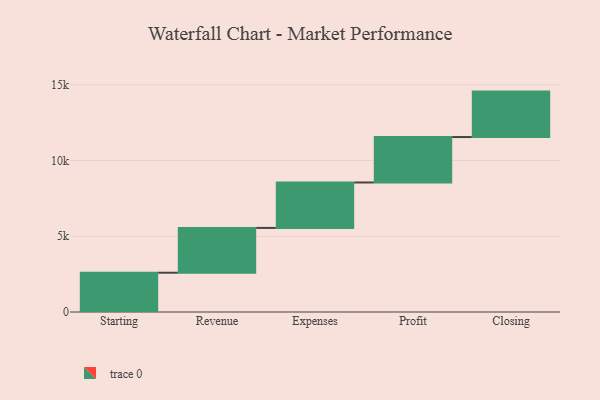
{"axis": {"x": "Step", "y": "Value"}, "legend": [""], "data": [{"x": "Starting", "y": 2593.0, "type": ""}, {"x": "Revenue", "y": 2958.0, "type": ""}, {"x": "Expenses", "y": 3000, "type": ""}, {"x": "Profit", "y": 3000, "type": ""}, {"x": "Closing", "y": 3000, "type": ""}]}